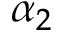
\alpha _ { 2 }